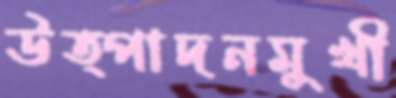
উত্পাদনমুখী